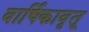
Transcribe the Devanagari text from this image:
वार्षिकावृतू